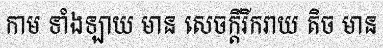
កាម ទាំងឡាយ មាន សេចក្តីរីករាយ តិច មាន